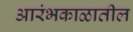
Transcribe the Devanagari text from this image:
आरंभकाळातील